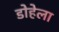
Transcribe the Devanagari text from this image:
डोहेला